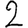
Digit: 2